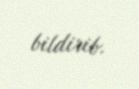
bildirib.